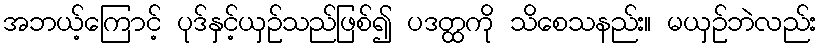
အဘယ့်ကြောင့် ပုဒ်နှင့်ယှဉ်သည်ဖြစ်၍ ပဒတ္ထကို သိစေသနည်း။ မယှဉ်ဘဲလည်း